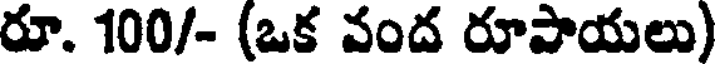
రూ. 100/- (ఒక వంద రూపాయలు)